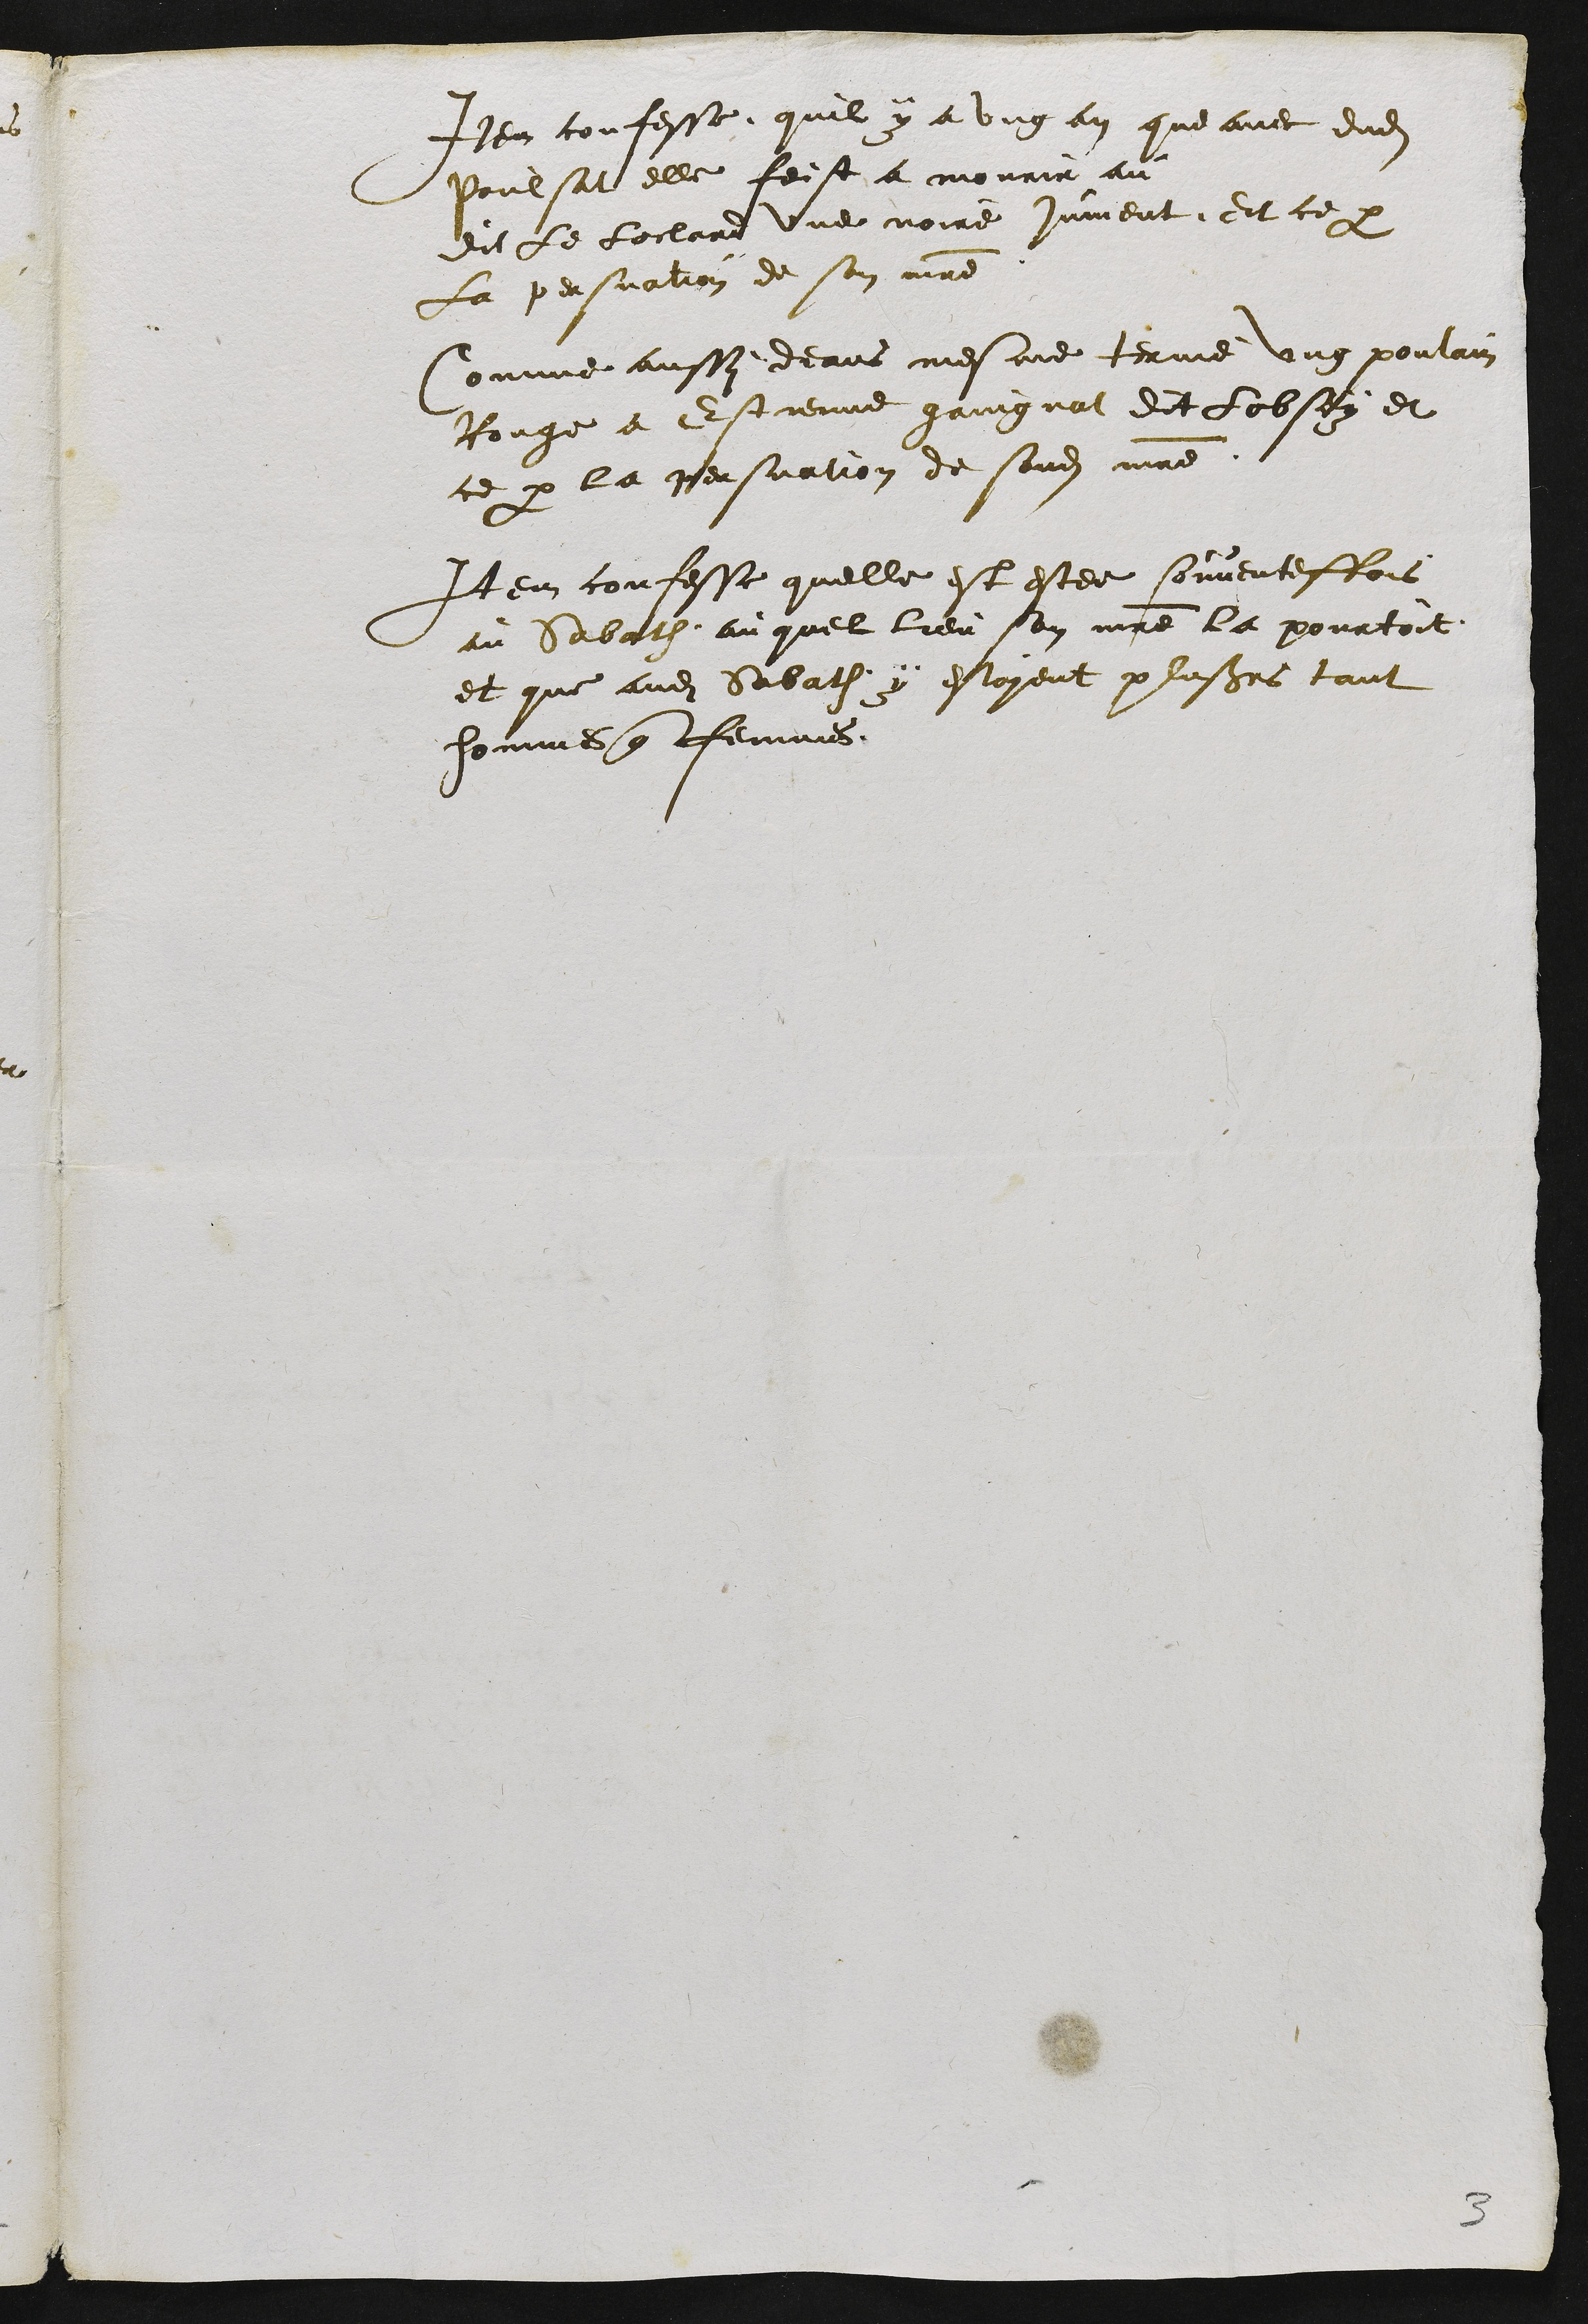
Item confesse quil y a ung an que avec dudit
Poulsat elle feist a mourir au
Dit le loclard une noire jument Et ce par
la persuation de son maitre
Comme aussy deans mesme terme ung poulain
Rouge a Estienne gaingnat dit Lobsoy et
ce par la persuation de sondit maitre
Item confesse quelle est estee souventesfois
au Sabath au quel lieu son maitre la pourtoit
et que audit Sabath y estoyent plusieurs tant
hommes que femmes